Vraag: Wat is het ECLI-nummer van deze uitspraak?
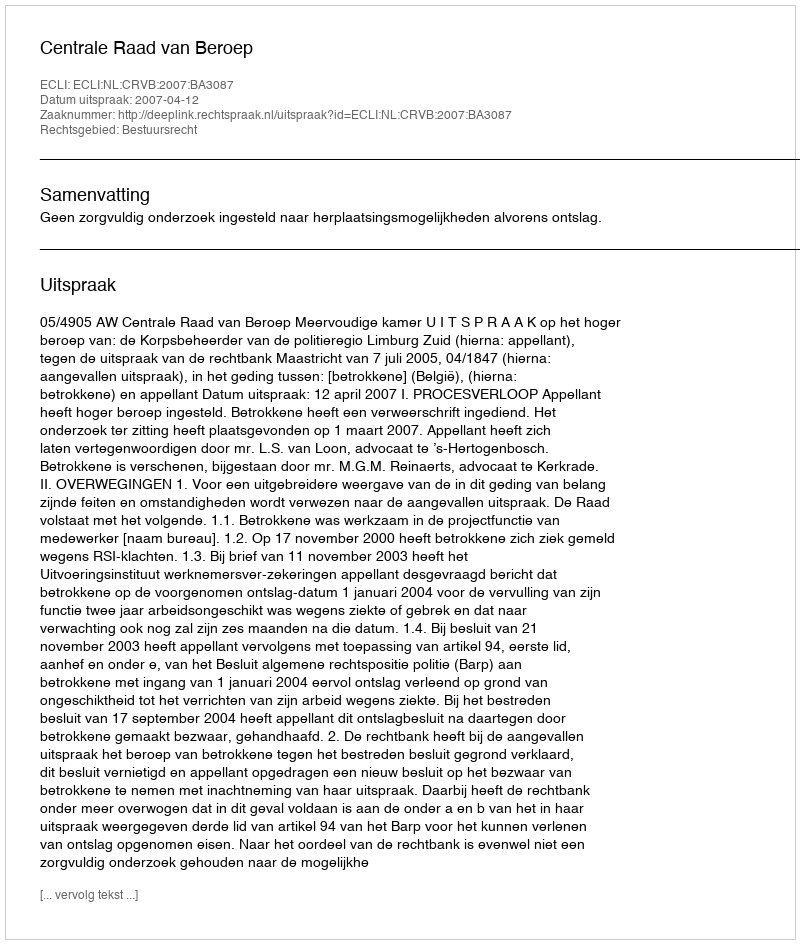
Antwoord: ECLI:NL:CRVB:2007:BA3087